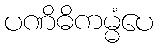
ပဏိဓိကမ္မံပေ